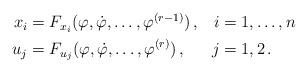
LaTeX: \begin{align*}\begin{aligned}x_i&=F_{x_i}(\varphi,\dot{\varphi},\ldots,\varphi^{(r-1)})\,,&i&=1,\ldots,n\\u_j&=F_{u_j}(\varphi,\dot{\varphi},\ldots,\varphi^{(r)})\,,&j&=1,2\,.\end{aligned}\end{align*}